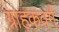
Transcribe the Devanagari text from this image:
ग्राहकवर्ग